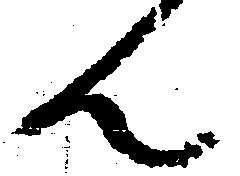
ん